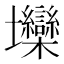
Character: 𱘞